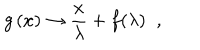
g \left( x \right) \rightarrow \frac { x } { \lambda } + f ( \lambda ) \; \; ,